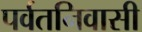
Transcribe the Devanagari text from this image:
पर्वतनिवासी